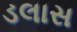
ડલાસ